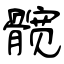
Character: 髋